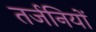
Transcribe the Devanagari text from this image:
तर्जनियों